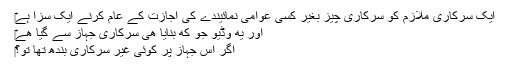
‎ایک سرکاری ملازم کو سرکاری چیز بغیر کسی عوامی نمائیندے کی اجازت کے عام کرنے ایک سزا ہے
‎اور یه وڈیو جو که بنایا هی سرکاری جہاز سے گیا هے
‎اگر اس جہاز پر کوئی غیر سرکاری بندھ تھا تو؟